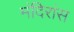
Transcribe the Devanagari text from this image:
मंदिरांस